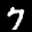
Label: 7